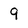
Character: 9